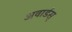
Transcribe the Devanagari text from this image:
अवार्डस्